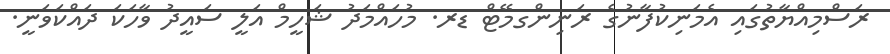
ރަސްމިއްޔާތުގައި އެމަނިކުފާނުގެ ރަނިންގމޭޓް ޑރ. މުހައްމަދު ޝަހީމް އަލީ ސައީދު ވާހަކަ ދައްކަވަނީ.